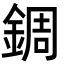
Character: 錭